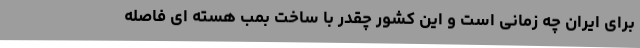
برای ایران چه زمانی است و این کشور چقدر با ساخت بمب هسته ای فاصله